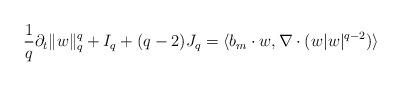
LaTeX: \begin{align*}\frac{1}{q}\partial_t\|w\|_q^q + I_q + (q-2)J_q=\langle b_m\cdot w,\nabla\cdot(w|w|^{q-2})\rangle\end{align*}